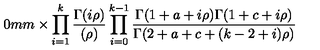
\hspace { 1 0 m m } \times \prod _ { i = 1 } ^ { k } \frac { \Gamma ( i \rho ) } { ( \rho ) } \prod _ { i = 0 } ^ { k - 1 } \frac { \Gamma ( 1 + a + i \rho ) \Gamma ( 1 + c + i \rho ) } { \Gamma ( 2 + a + c + ( k - 2 + i ) \rho ) }